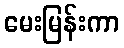
မေးမြန်းကာ